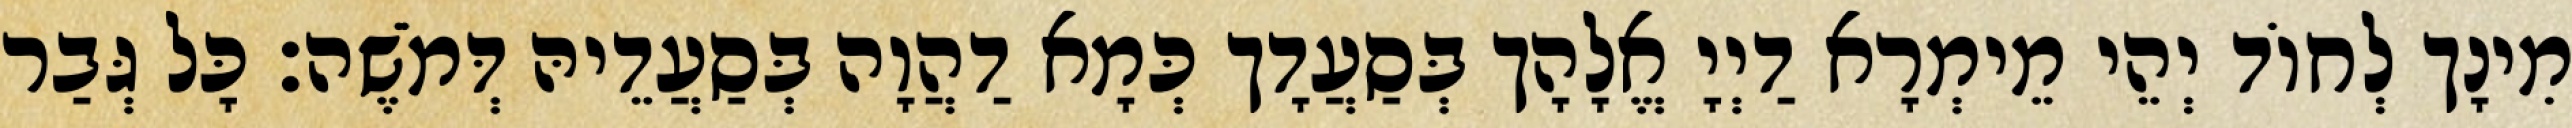
מִינָך לְחוֹד יְהֵי מֵימְרָא דַיְיָ אֱלָהָך בְּסַעֲדָך כְּמָא דַהֲוָה בְּסַעֲדֵיהּ דְּמֹשֶׁה׃ כָּל גְּבַר